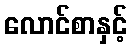
လောင်စာနှင့်